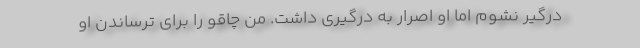
درگیر نشوم اما او اصرار به درگیری داشت. من چاقو را برای ترساندن او